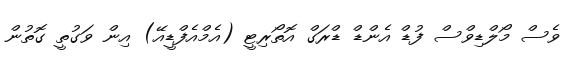
ވެސް މޯލްޑިވްސް ފުޑް އެންޑް ޑްރަގް އޮތޯރިޓީ (އެމްއެފްޑީއޭ) އިން ވަގުތީ ގޮތުން